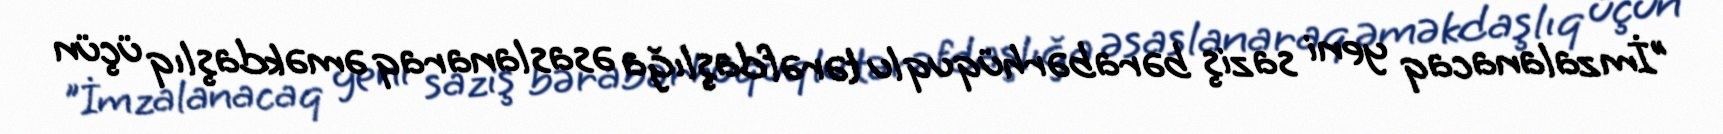
"İmzalanacaq yeni saziş bərabərhüquqlu tərəfdaşlığa əsaslanaraq əməkdaşlıq üçün